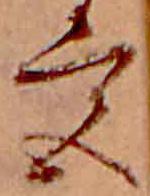
宮